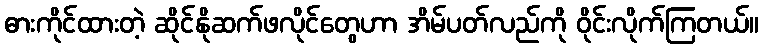
ဓားကိုင်ထားတဲ့ ဆိုင်နိုဆက်ဖလိုင်တွေဟာ အိမ်ပတ်လည်ကို ဝိုင်းလိုက်ကြတယ်။